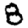
Digit: 8